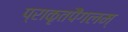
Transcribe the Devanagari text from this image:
प्राकृतपैंगलम्‌